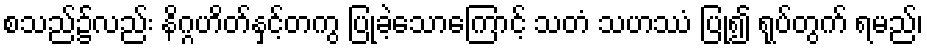
စသည်၌လည်း နိဂ္ဂဟိတ်နှင့်တကွ ပြုခဲ့သောကြောင့် သတံ သဟဿံ ပြု၍ ရုပ်တွက် ရမည်၊